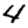
Digit: 4